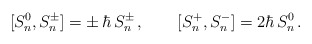
\begin{align*}[S_n^0,S_n^\pm]=\pm\,\hbar\, S_n^\pm\,, \qquad [S_n^+,S_n^-]=2\hbar\, S_n^0\,.\end{align*}